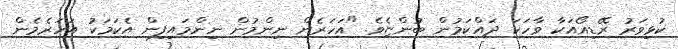
ކުޅިވަރު ރޭޑިއޯއަކާ ވާހަކަ ދައްކަމުން ބުންޏެވެ. "އަހަރެން ނިންމުން ނިންމައިފިން އެކަމަކު އަހަރެމެން